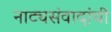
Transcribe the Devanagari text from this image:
नाट्यसंवादांची